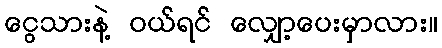
ငွေသားနဲ့ ဝယ်ရင် လျှော့ပေးမှာလား။